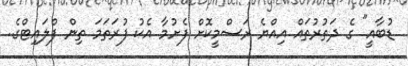
ޑުބާއީ" ގެ ދަތުރުތައް އިއްޔެ ރަސްމީކޮށް ފެށުމާ އެކު ފުރަތަމަ ތިން ފްލައިޓްގެ..